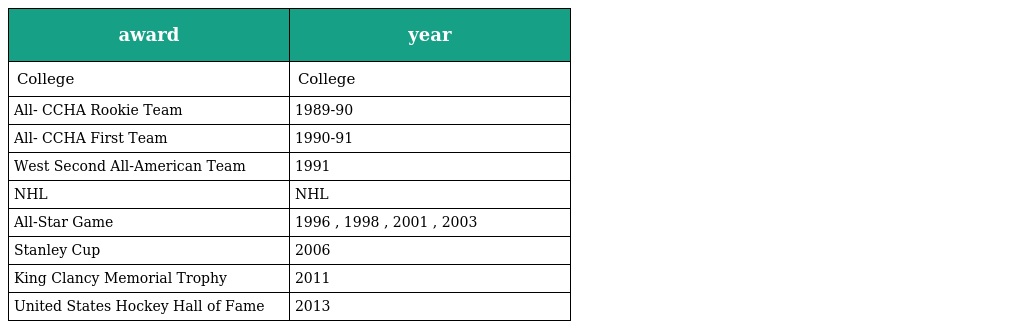
| award | year |
 | --- | --- |
 | College | College |
 | All- CCHA Rookie Team | 1989-90 |
 | All- CCHA First Team | 1990-91 |
 | West Second All-American Team | 1991 |
 | NHL | NHL |
 | All-Star Game | 1996 , 1998 , 2001 , 2003 |
 | Stanley Cup | 2006 |
 | King Clancy Memorial Trophy | 2011 |
 | United States Hockey Hall of Fame | 2013 |